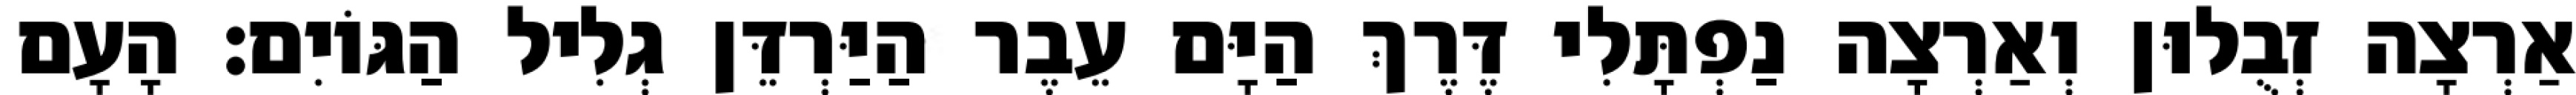
אַרְצָה זְבֻלוּן וְאַרְצָה נַפְתָּלִי דֶּרֶךְ הַיָּם עֵבֶר הַיַּרְדֵּן גְלִיל הַגּוֹיִם׃ הָעָם